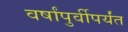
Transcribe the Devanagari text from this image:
वर्षांपुर्वीपर्यंत